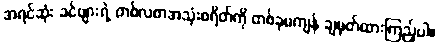
အရင်ဆုံး ခင်ဗျားရဲ့ တစ်လစာအသုံးစရိတ်ကို တစ်ခုမကျန် ချမှတ်ထားကြည့်ပါ။